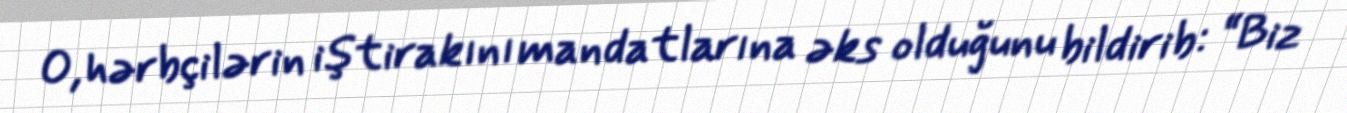
O, hərbçilərin iştirakını mandatlarına əks olduğunu bildirib: “Biz